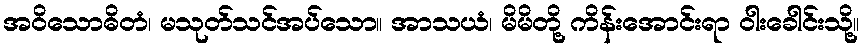
အဝိသောဓိတံ၊ မသုတ်သင်အပ်သော။ အာသယံ၊ မိမိတို့ ကိန်းအောင်းရာ ဝါးခေါင်းသို့။